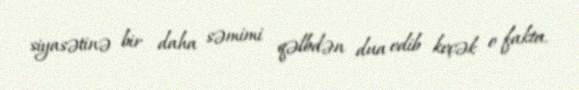
siyasətinə bir daha səmimi qəlbdən dua edib keçək o fakta.